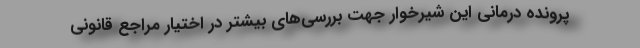
پرونده درمانی این شیرخوار جهت بررسی‌های بیشتر در اختیار مراجع قانونی